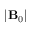
| \mathbf { B } _ { 0 } |